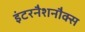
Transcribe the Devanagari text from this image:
इंटरनैशनौक्स